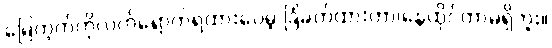
မြေကွက်ကိုလက်ရောက်ရထားပေမဲ့ ခြံခတ်ထားတာ၊နေထိုင်တာမရှိဘူး။